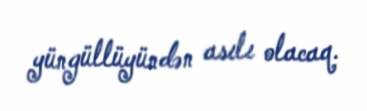
yüngüllüyündən asılı olacaq.